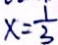
x = \frac { 1 } { 3 }